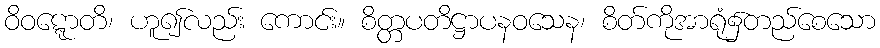
ဝိဝဋ္ဋောတိ၊ ဟူ၍လည်း ကောင်း။ စိတ္တပတိဋ္ဌာပနဝသေန၊ စိတ်ကိုအာရုံ၌တည်စေသော